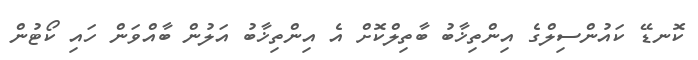
ކޮނޑޭ ކައުންސިލްގެ އިންތިޚާބު ބާތިލްކޮށް އެ އިންތިޚާބު އަލުން ބާއްވަން ހައި ކޯޓުން